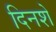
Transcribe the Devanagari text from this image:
दिनशे